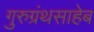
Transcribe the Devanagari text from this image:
गुरुग्रंथसाहेब